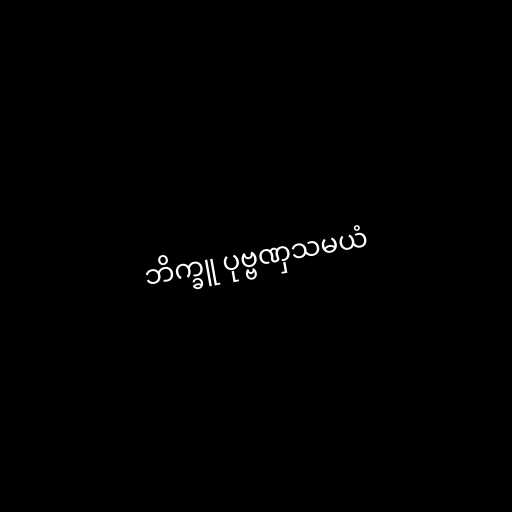
ဘိက္ခူ ပုဗ္ဗဏှသမယံ